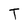
Character: T